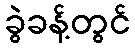
ခွဲခန့်တွင်